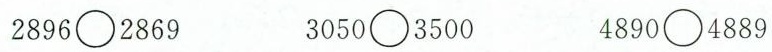
2896○2869 3050○3500 4890○4889